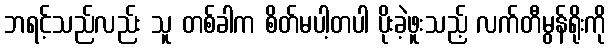
ဘရင့်သည်လည်း သူ တစ်ခါက စိတ်မပါ့တပါ ပိုးခဲ့ဖူးသည့် လက်တီမွန်ရိုးကို